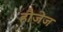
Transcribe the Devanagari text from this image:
हौजेज